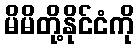
မိမိတို့နိုင်ငံကို